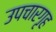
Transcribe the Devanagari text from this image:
उपचारगृह